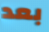
بعد